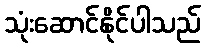
သုံးဆောင်နိုင်ပါသည်